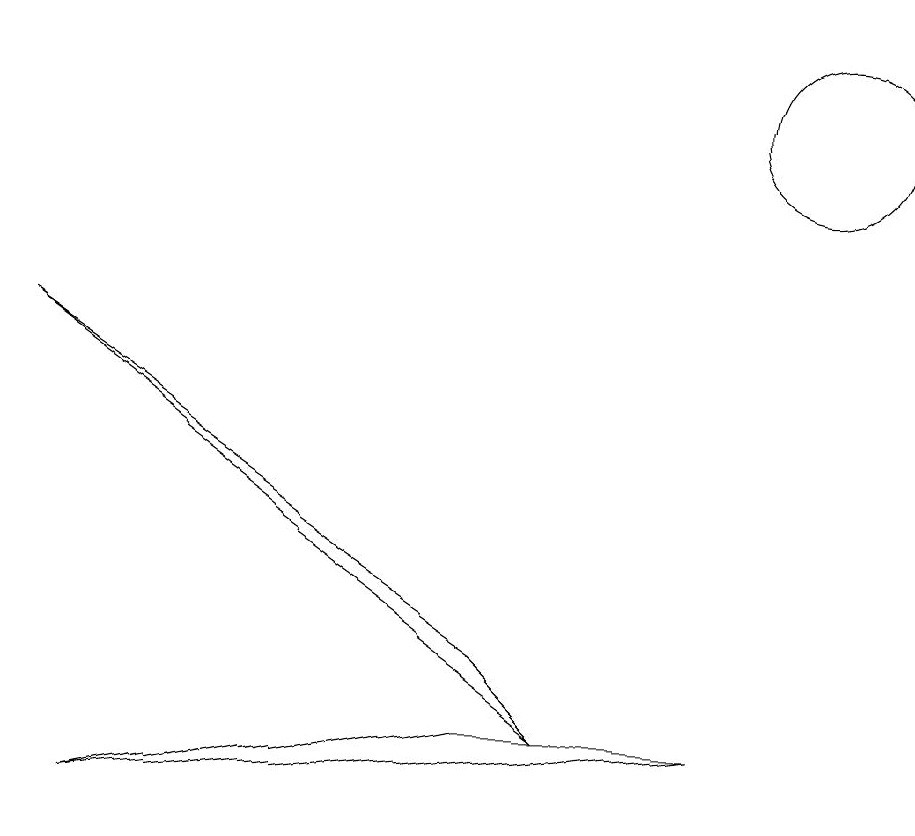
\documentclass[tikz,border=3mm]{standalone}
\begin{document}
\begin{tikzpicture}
\draw (10,10) circle (1);
\draw (1,1) -- (9,2) -- (6,2) -- cycle;
\draw (0,7) -- (7,2) -- (6,3) -- cycle;
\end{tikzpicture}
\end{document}